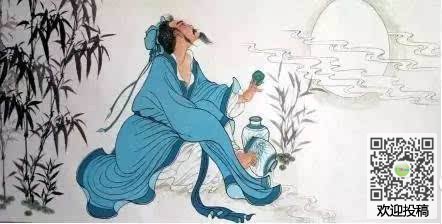
今人不见古时月，今月曾经照古人。